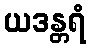
ယဒန္တရံ